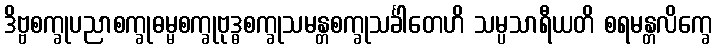
ဒိဗ္ဗစက္ခုပညာစက္ခုဓမ္မစက္ခုဗုဒ္ဓစက္ခုသမန္တစက္ခုသင်္ခါတေဟိ သမ္ပသာရီယတိ စရမန္တလိက္ခေ